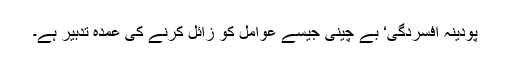
پودینہ افسردگی‘ بے چینی جیسے عوامل کو زائل کرنے کی عمدہ تدبیر ہے۔